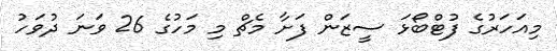
މިއަހަރުގެ ފުޓްބޯޅަ ސީޒަން ފަށާ މެޗް މި މަހުގެ 26 ވަނަ ދުވަހު